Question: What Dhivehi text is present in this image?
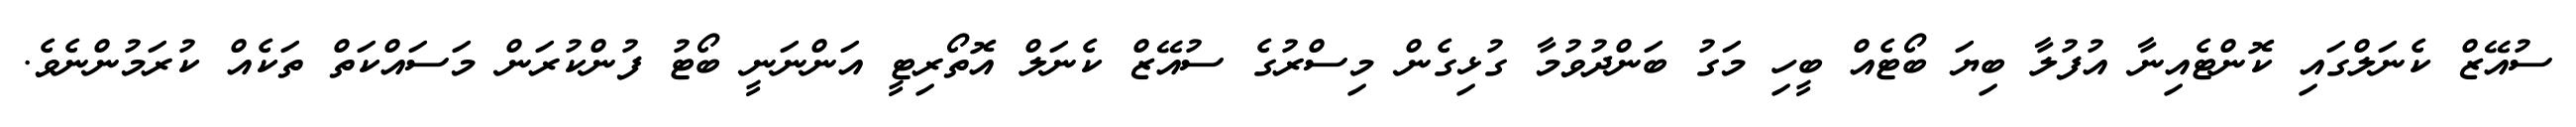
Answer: ސުއޭޒް ކެނަލްގައި ކޮންޓެއިނާ އުފުލާ ބިޔަ ބޯޓެއް ބީހި މަގު ބަންދުވުމާ ގުޅިގެން މިސްރުގެ ސުއޭޒް ކެނަލް އޮތޯރިޓީ އަންނަނީ ބޯޓު ފުންކުރަން މަސައްކަތް ތަކެއް ކުރަމުންނެވެ.